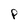
Character: P